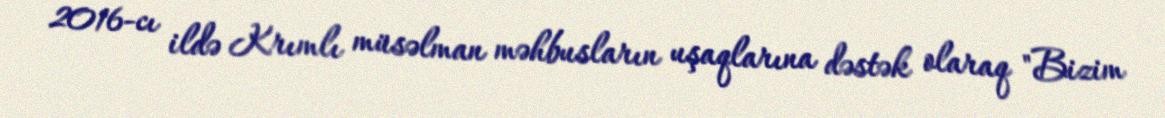
2016-cı ildə Krımlı müsəlman məhbusların uşaqlarına dəstək olaraq "Bizim